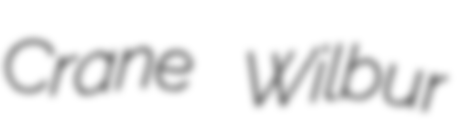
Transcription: Crane Wilbur